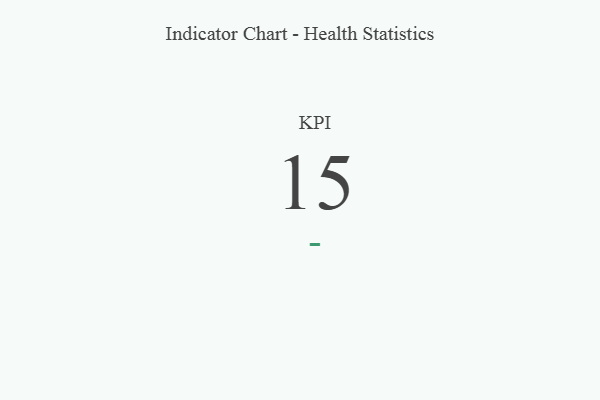
{"axis": {"x": "KPI", "y": "Value"}, "legend": [""], "data": [{"x": "KPI", "y": 15, "type": ""}]}